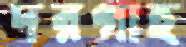
দরগাহ